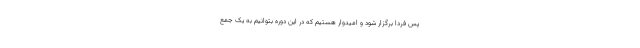
پس فردا برگزار شود و امیدوار هستیم که در این دوره بتوانیم به یک جمع